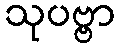
သုပဗ္ဗာ